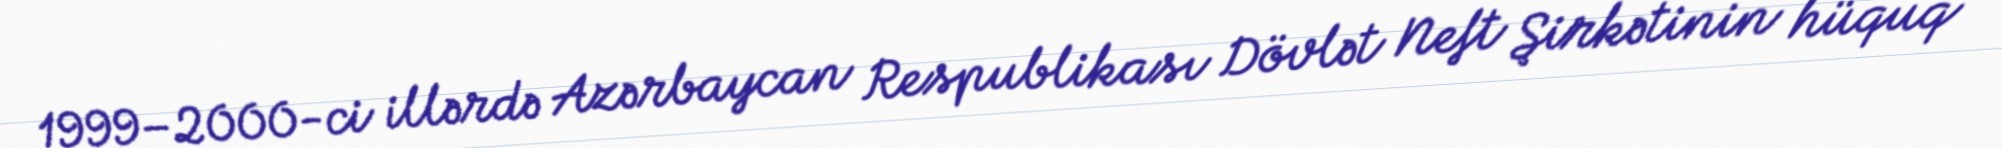
1999–2000-ci illərdə Azərbaycan Respublikası Dövlət Neft Şirkətinin hüquq